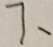
7 、